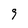
Character: 9